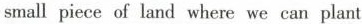
small piece of land where we can plant